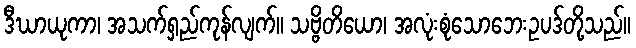
ဒီဃာယုကာ၊ အသက်ရှည်ကုန်လျက်။ သဗ္ဗိတိယော၊ အလုံးစုံသောဘေးဥပဒ်တို့သည်။